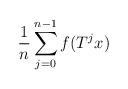
LaTeX: \begin{align*}\frac{1}{n}\sum_{j=0}^{n-1}f(T^jx)\end{align*}